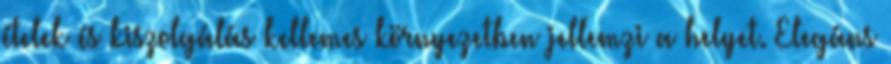
ételek és kiszolgálás kellemes környezetben jellemzi a helyet. Elegáns